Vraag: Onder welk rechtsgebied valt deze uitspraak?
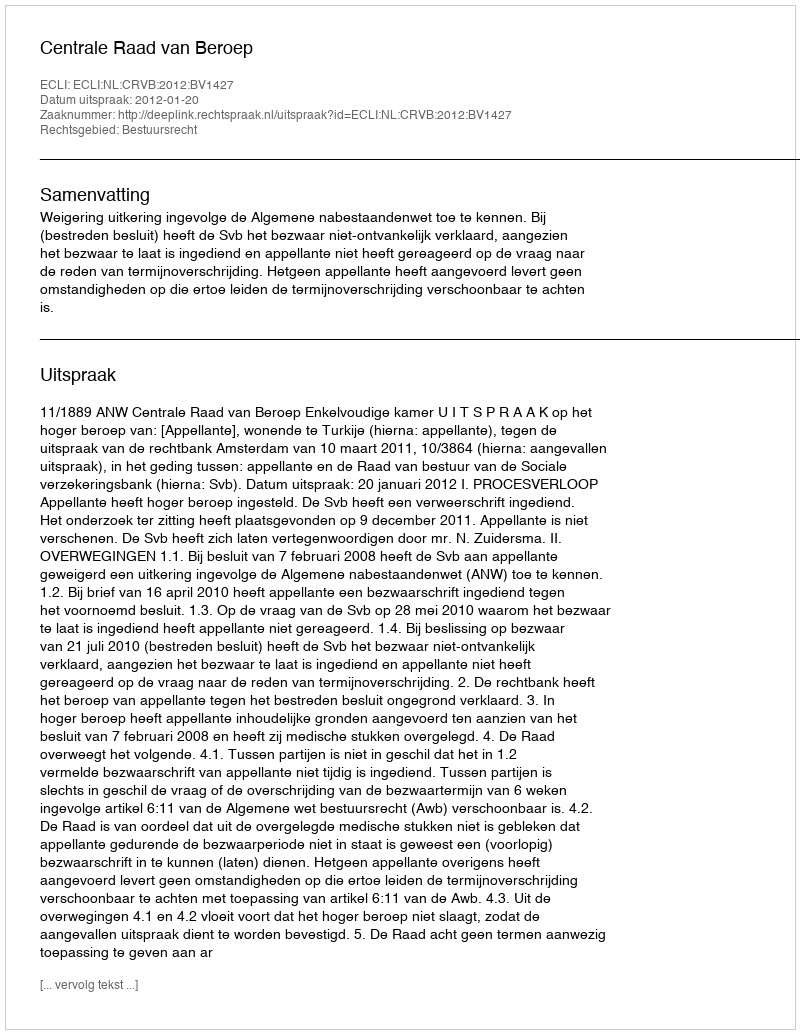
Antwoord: Bestuursrecht